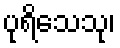
ပုရိသေသု၊